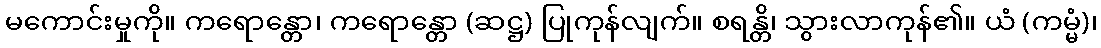
မကောင်းမှုကို။ ကရောန္တော၊ ကရောန္တော (ဆဋ္ဌ) ပြုကုန်လျက်။ စရန္တိ၊ သွားလာကုန်၏။ ယံ (ကမ္မံ)၊